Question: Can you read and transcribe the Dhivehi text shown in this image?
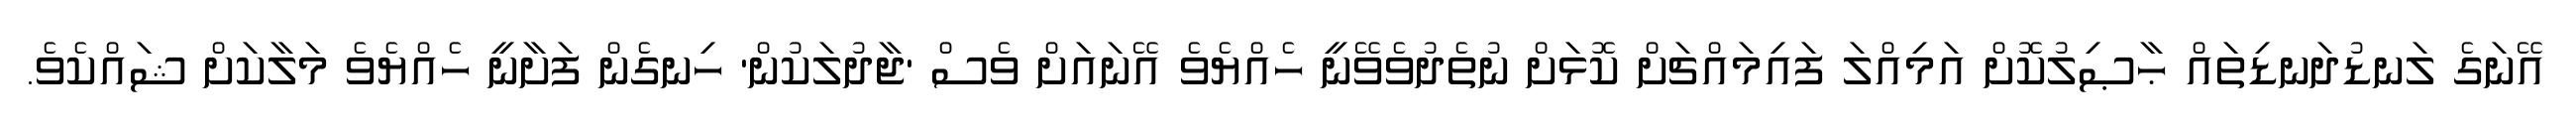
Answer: އޭނަގެ ލަނޑުދަނޑިތައް ޙާޞިލުކޮށް އަމިއްލަ ފައިމައްޗަށް ކޮޅަށް ނުތެދުވެވޭނީ ހެއްޔެވެ އޭނައަށް ވެސް 'ޖާދުލަކުން' ހިނގެން ފަށާނީ ހެއްޔެވެ މަލާކަށް ޝައްކެވެ.